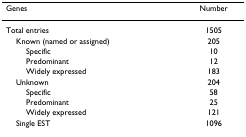
<table><thead><tr><td><b>Genes</b></td><td><b>Number</b></td></tr></thead><tbody><tr><td>Total entries</td><td>1505</td></tr><tr><td> Known (named or assigned)</td><td>205</td></tr><tr><td>Specific</td><td>10</td></tr><tr><td>Predominant</td><td>12</td></tr><tr><td>Widely expressed</td><td>183</td></tr><tr><td> Unknown</td><td>204</td></tr><tr><td>Specific</td><td>58</td></tr><tr><td>Predominant</td><td>25</td></tr><tr><td>Widely expressed</td><td>121</td></tr><tr><td> Single EST</td><td>1096</td></tr></tbody></table>